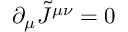
\partial _ { \mu } \tilde { J } ^ { \mu \nu } = 0